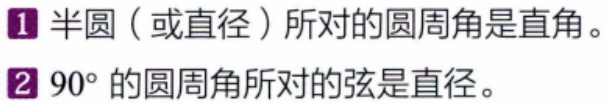
1. 半圆（或直径）所对的圆周角是直角。
2. \(90^{\circ}\)的圆周角所对的弦是直径。